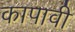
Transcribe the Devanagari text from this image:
कापावी